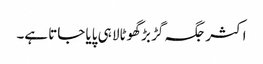
اکثر جگہ گڑ بڑ گھوٹالا ہی پایا جاتا ہے۔